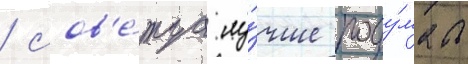
/ сов'е́туа лу́чше поду́мать